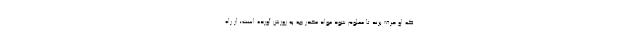
که او حرف بزند تا معلوم شود مواد مخدر چه به روزش آورده است؛ از راه